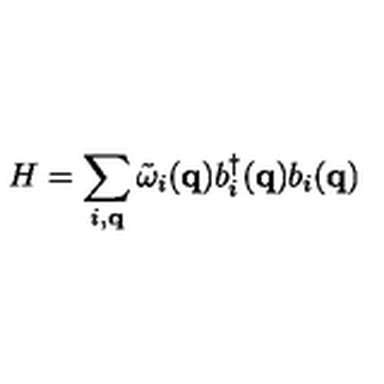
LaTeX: H = \sum _ { i , { \bf { q } } } { \tilde { \omega } } _ { i } ( { \bf { q } } ) b _ { i } ^ { \dagger } ( { \bf { q } } ) b _ { i } ( { \bf { q } } )